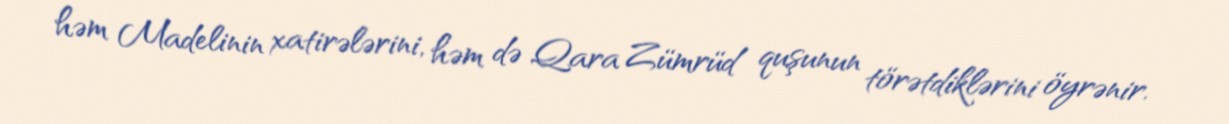
həm Madelinin xatirələrini, həm də Qara Zümrüd quşunun törətdiklərini öyrənir.